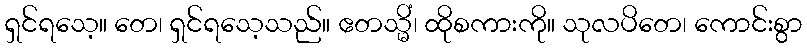
ရှင်ရသေ့။ တေ၊ ရှင်ရသေ့သည်။ ဧတသ္မိံ၊ ထိုစကားကို။ သုလပိတေ၊ ကောင်းစွာ